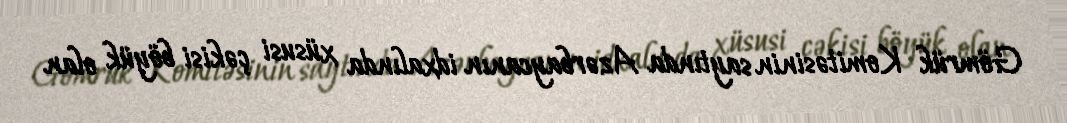
Gömrük Komitəsinin saytında Azərbaycanın idxalında xüsusi çəkisi böyük olan